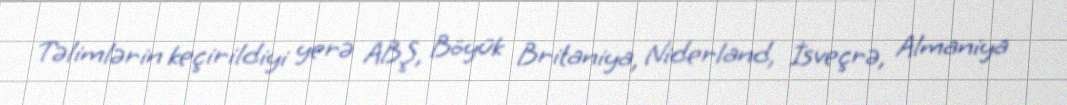
Təlimlərin keçirildiyi yerə ABŞ, Böyük Britaniya, Niderland, İsveçrə, Almaniya